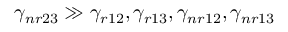
\gamma _ { n r 2 3 } \gg \gamma _ { r 1 2 } , \gamma _ { r 1 3 } , \gamma _ { n r 1 2 } , \gamma _ { n r 1 3 }